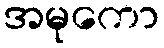
အမုကော